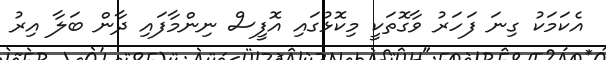
އެކަމަކު ގިނަ ފަހަރު ވާގޮތަކީ މިކޮޅުގައި އޮފީސް ނިންމާފައި ދާން ބަލާ އިރު